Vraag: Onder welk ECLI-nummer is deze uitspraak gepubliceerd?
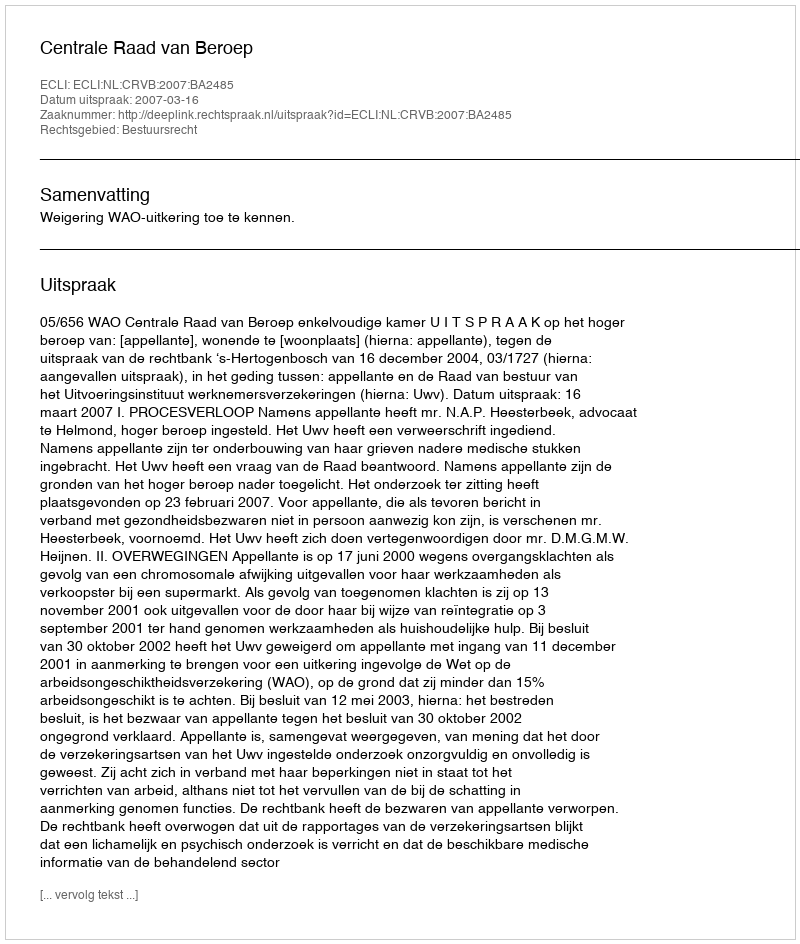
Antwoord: ECLI:NL:CRVB:2007:BA2485